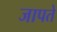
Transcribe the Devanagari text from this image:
जापते